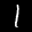
Label: 1